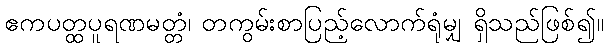
ဧကပတ္ထပူရဏမတ္တံ၊ တကွမ်းစာပြည့်လောက်ရုံမျှ ရှိသည်ဖြစ်၍။